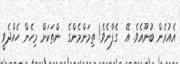
އެއުރެން ބުނޫއެވެ. އޭ  ގެފާނެވެ! ތިމަންމެންގެ  ންތަކަށް މިހެން ހެއްދެވީ